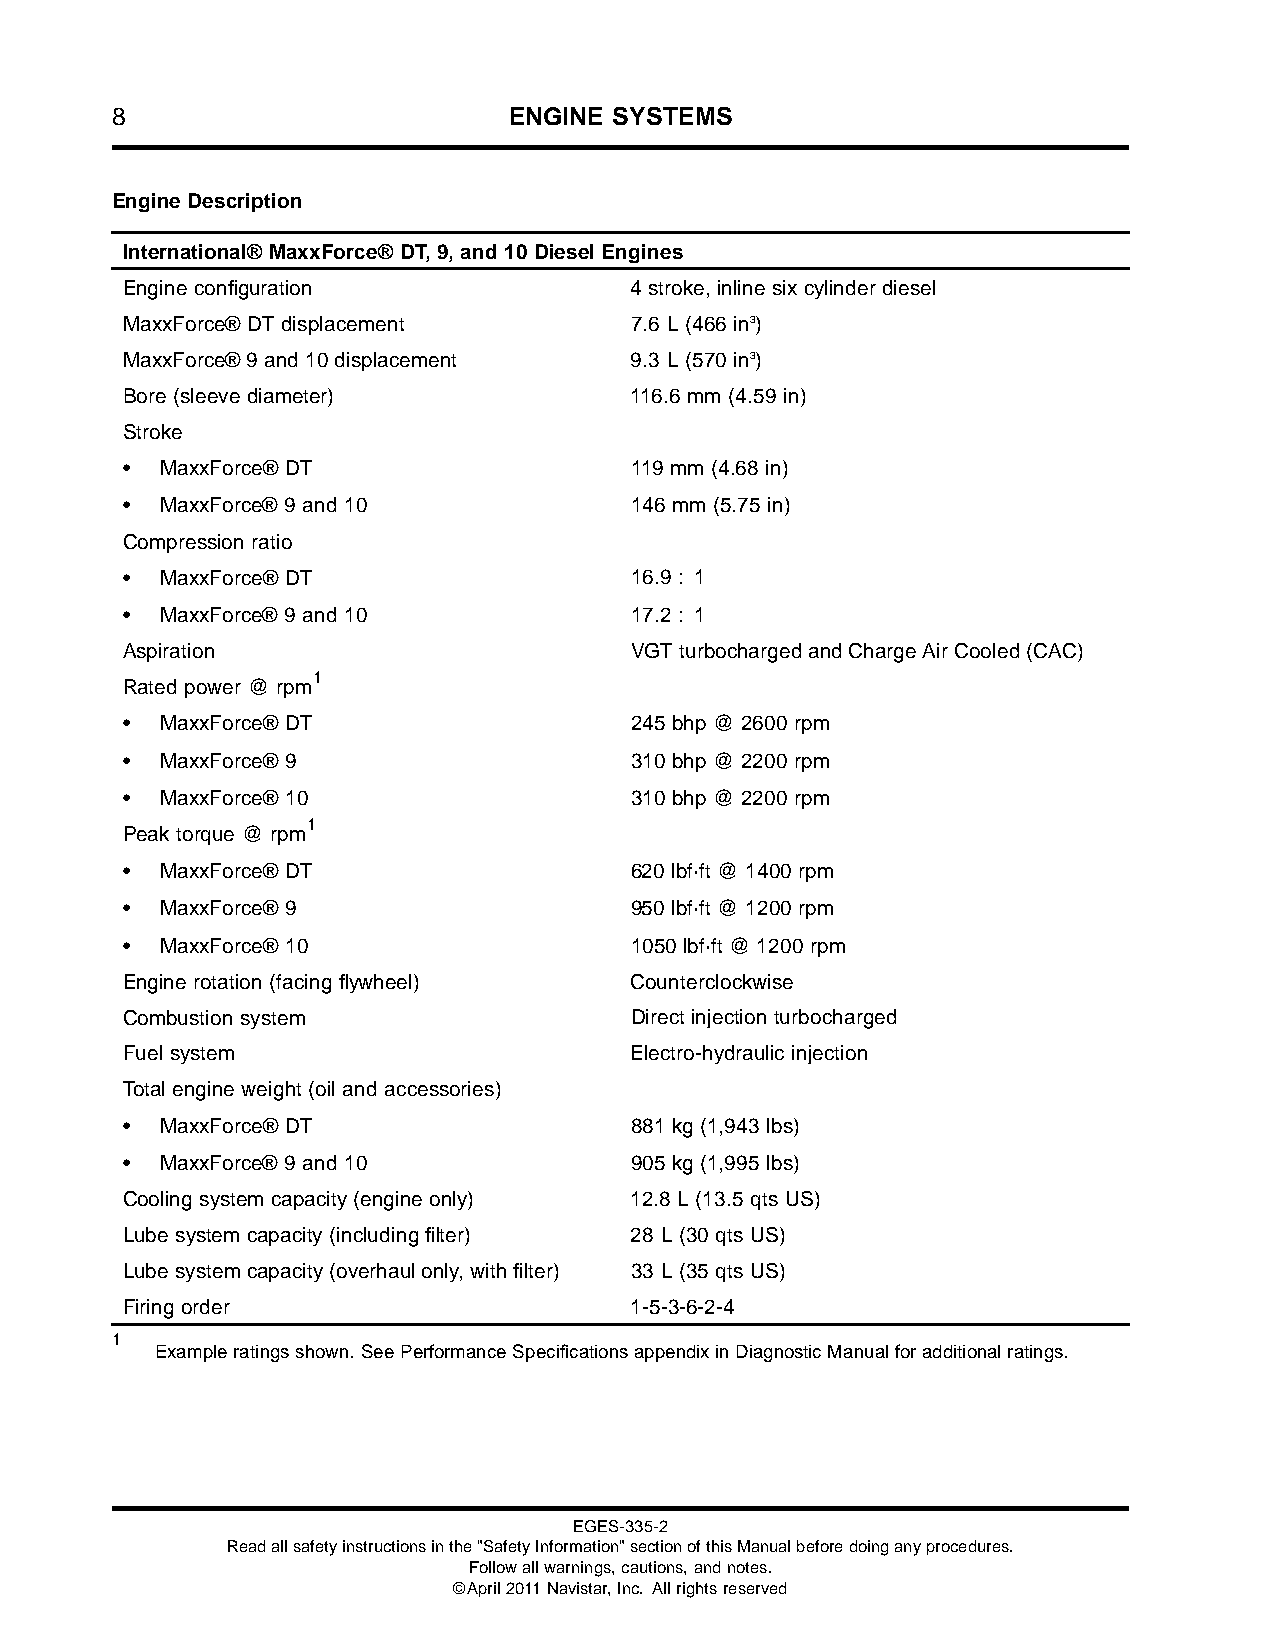
8                          ENGINE SYSTEMS
 Engine Description
 International® MaxxForce® DT, 9, and 10 Diesel Engines
 Engine configuration              4 stroke, inline six cylinder diesel
 MaxxForce® DT displacement        7.6 L (466 in3)
 MaxxForce® 9 and 10 displacement  9.3 L (570 in3)
 Bore (sleeve diameter)            116.6 mm (4.59 in)
 Stroke
 •  MaxxForce® DT                  119 mm (4.68 in)
 •  MaxxForce® 9 and 10            146 mm (5.75 in)
 Compression ratio
 •  MaxxForce® DT                  16.9 : 1
 •  MaxxForce® 9 and 10            17.2 : 1
 Aspiration                        VGTturbochargedandChargeAirCooled(CAC)
 1
 Rated power @ rpm
 •  MaxxForce® DT                  245 bhp @ 2600 rpm
 •  MaxxForce® 9                   310 bhp @ 2200 rpm
 •  MaxxForce® 10                  310 bhp @ 2200 rpm
 1
 Peak torque @ rpm
 •  MaxxForce® DT                  620 lbf·ft @ 1400 rpm
 •  MaxxForce® 9                   950 lbf·ft @ 1200 rpm
 •  MaxxForce® 10                  1050 lbf·ft @ 1200 rpm
 Engine rotation (facing flywheel) Counterclockwise
 Combustion system                 Direct injection turbocharged
 Fuel system                       Electro-hydraulic injection
 Total engine weight (oil and accessories)
 •  MaxxForce® DT                  881 kg (1,943 lbs)
 •  MaxxForce® 9 and 10            905 kg (1,995 lbs)
 Cooling system capacity (engine only) 12.8 L (13.5 qts US)
 Lube system capacity (including filter) 28 L (30 qts US)
 Lubesystemcapacity(overhaulonly,withfilter) 33 L (35 qts US)
 Firing order                      1-5-3-6-2-4
 1
 Exampleratingsshown. SeePerformanceSpecificationsappendixinDiagnosticManualforadditionalratings.
 EGES-335-2
 Readallsafetyinstructionsinthe"SafetyInformation"sectionofthisManualbeforedoinganyprocedures.
 Followallwarnings,cautions,andnotes.
 ©April2011Navistar,Inc. Allrightsreserved